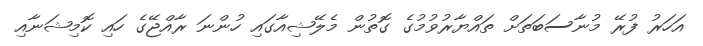
އަހަރު ފުރޭ މުނާސަބަތަށް ތައްޔާރުވުމުގެ ގޮތުން މެލޭޝިއާގައި ހުންނަ ރާއްޖޭގެ ހައި ކޮމިޝަނާއި